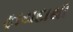
ફાયદાથી